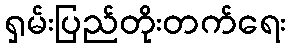
ရှမ်းပြည်တိုးတက်ရေး